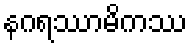
နဂရဿာမိကဿ